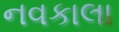
નવકાલા